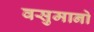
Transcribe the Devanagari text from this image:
वसुमानो